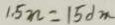
1 . 5 n = 1 5 d m